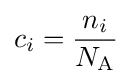
c_{i}={\frac {n_{i}}{N_{\text{A}}}}